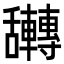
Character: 𮎀